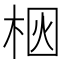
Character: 𪲗